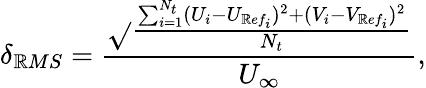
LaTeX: \delta_{\mathbb{R}MS}=\frac{{\sqrt{}{{\frac{{\sum_{i=1}^{N_{t}}(U_{i}-U_{\mathbb{R}ef_{i}})^{2}+(V_{i}-V_{\mathbb{R}ef_{i}})^{2}}}{{N_{t}}}}}}}{{U_{\infty}}},